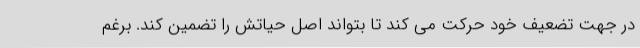
در جهت تضعیف خود حرکت می کند تا بتواند اصل حیاتش را تضمین کند. برغم